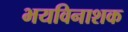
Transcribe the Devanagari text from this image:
भयविनाशक